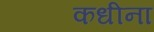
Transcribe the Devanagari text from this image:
कधीना